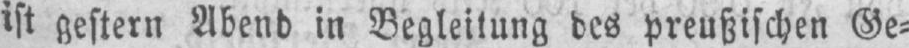
ist gestern Abend in Begleitung des preußischen Ge⸗